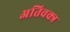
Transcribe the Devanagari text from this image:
अतिवक्त्र